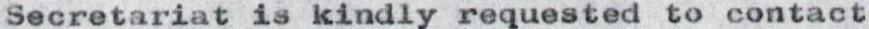
Secretariat is kindly requested to contact